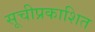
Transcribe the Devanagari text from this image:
सूचीप्रकाशित